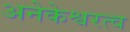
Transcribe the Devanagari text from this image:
अनेकेश्वरत्व